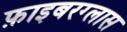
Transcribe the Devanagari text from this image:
फ़ाइबरग्लास